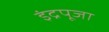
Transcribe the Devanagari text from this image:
इंद्रपूजा